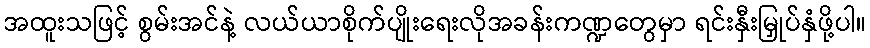
အထူးသဖြင့် စွမ်းအင်နဲ့ လယ်ယာစိုက်ပျိုးရေးလိုအခန်းကဏ္ဍတွေမှာ ရင်းနှီးမြှုပ်နှံဖို့ပါ။